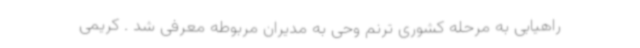
راهیابی به مرحله کشوری ترنم وحی به مدیران مربوطه معرفی شد . کریمی